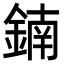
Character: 𨩇